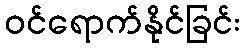
ဝင်ရောက်နိုင်ခြင်း